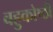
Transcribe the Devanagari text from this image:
बहुकोष्ठी